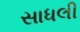
સાધલી